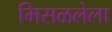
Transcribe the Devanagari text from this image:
मिसळलेला